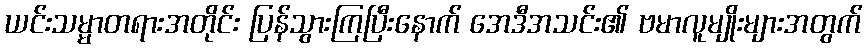
ယင်းသမ္မာတရားအတိုင်း ပြန်သွားကြပြီးနောက် အေဒီအသင်း၏ ဗမာလူမျိုးများအတွက်